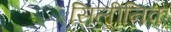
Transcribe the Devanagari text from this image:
सिलीनिक